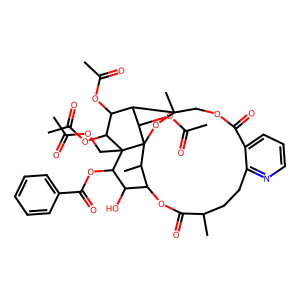
SMILES: CC(=O)OCC12C(OC(=O)c3ccccc3)C(O)C3OC(=O)C(C)CCc4ncccc4C(=O)OCC4(C)OC1(C3C)C(OC(C)=O)C4C(OC(C)=O)C2OC(C)=O
Inhibits HIV replication: No